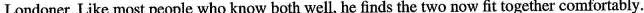
Londoner. Like most people who know both well, he finds the two now fit together comfortably.